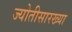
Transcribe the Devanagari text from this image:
ज्योतीसारख्या